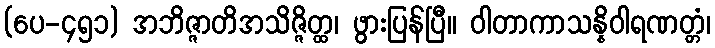
(ပေ-၄၅၁) အဘိဇ္ဇာတိအသိဇ္ဇိတ္ထ၊ ဖွားပြန်ပြီ။ ဝါတာကာသန္နိဝါရဏတ္တံ၊